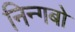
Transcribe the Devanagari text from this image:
निन्गबो